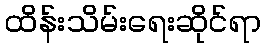
ထိန်းသိမ်းရေးဆိုင်ရာ